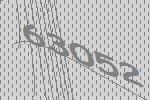
63052